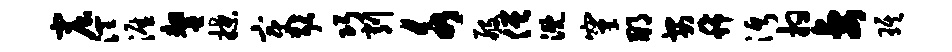
窟润涯鏊揲变耿巧削水般僧溉窠那安稀沔拘妻琪